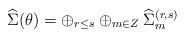
LaTeX: \begin{align*}{\widehat \Sigma} (\theta) = \oplus _{r\leq s} \oplus _{m \in Z}{\widehat \Sigma}_{m}^{(r,s)}\end{align*}